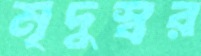
মৃদুস্বর